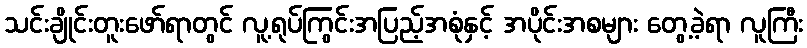
သင်းချိုင်းတူးဖော်ရာတွင် လူ့ရုပ်ကြွင်းအပြည့်အစုံနှင့် အပိုင်းအစများ တွေ့ခဲ့ရာ လူကြီး